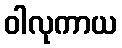
ဝါလုကာယ